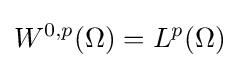
W^{0,p}(\Omega )=L^{p}(\Omega )